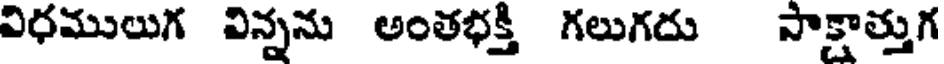
విధములుగ విన్నను అంతభక్తి గలుగదు సాక్షాత్తుగ